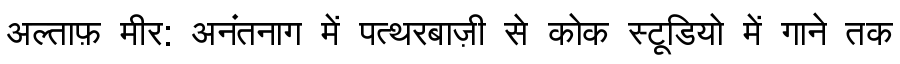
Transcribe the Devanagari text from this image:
अल्ताफ़ मीर: अनंतनाग में पत्थरबाज़ी से कोक स्टूडियो में गाने तक